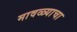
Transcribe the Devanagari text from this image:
मावळ्याचा